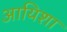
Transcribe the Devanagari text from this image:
आयिशा